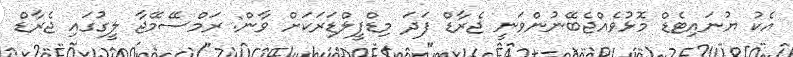
އެކު ޔުނައިޓެޑް މޮޅުވެއްޖެބޭނުންވަނީ ޖެެރާޑް ފަދަ މިޑްފީލްޑަރަކަށް ވާން: ރަމްސޭމޭޖާ ލީގުގައި ޖެރާޑް